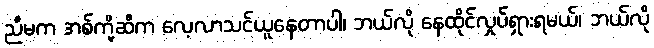
ညီမက အစ်ကို့ဆီက လေ့လာသင်ယူနေတာပါ၊ ဘယ်လို နေထိုင်လှုပ်ရှားရမယ်၊ ဘယ်လို